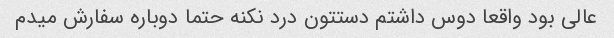
عالی بود واقعا دوس داشتم دستتون درد نکنه حتما دوباره سفارش میدم